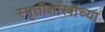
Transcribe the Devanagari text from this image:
स्मृतीशास्त्रांच्या